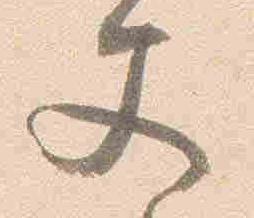
文